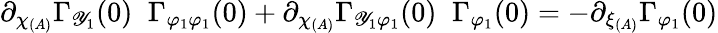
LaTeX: \partial_{\chi_{(A)}}\Gamma_{\mathscr{Y}_{1}}(0)\; \; \Gamma_{\varphi_{1}\varphi_{1}}(0)+\partial_{\chi_{(A)}}\Gamma_{\mathscr{Y}_{1}\varphi_{1}}(0)\; \; \Gamma_{\varphi_{1}}(0)=-\partial_{\xi_{(A)}}\Gamma_{\varphi_{1}}(0)